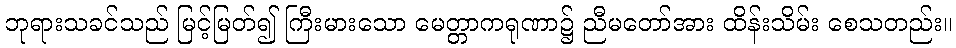
ဘုရားသခင်သည် မြင့်မြတ်၍ ကြီးမားသော မေတ္တာကရုဏာ၌ ညီမတော်အား ထိန်းသိမ်း စေသတည်း။